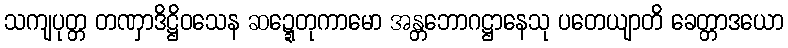
သကျပုတ္တ တဏှာဒိဋ္ဌိဝသေန ဆဍ္ဍေတုကာမော အန္တဘောဂဋ္ဌာနေသု ပတေယျာတိ ခေတ္တာဒယော